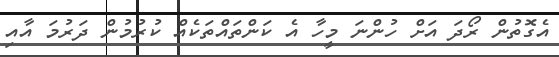
އެގޮތުން ރޯދަ އަށް ހުންނަ މީހާ އެ ކަންތައްތަކެއް ކުރުމުން ދަރުމަ އާއި